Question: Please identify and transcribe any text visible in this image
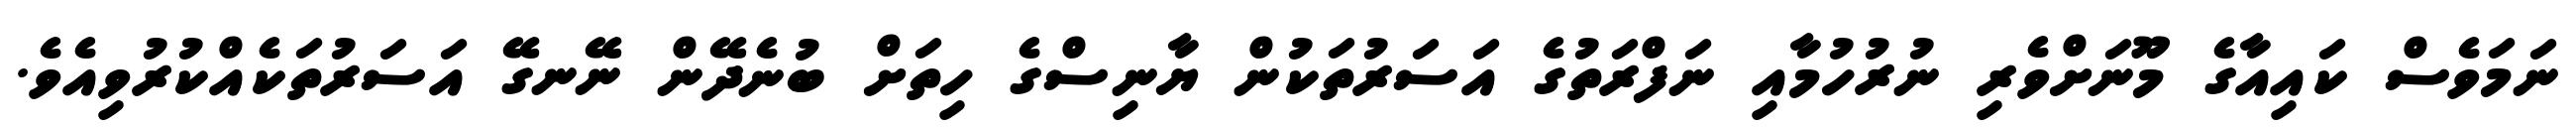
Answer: ނަމަވެސް ކައިއާގެ މޫނަށްވެރި ނުރުހުމާއި ނަފްރަތުގެ އަސަރުތަކުން ޔާނިސްގެ ހިތަށް ބުނެދޭން ނޭނގޭ އަސަރުތަކެއްކުރުވިއެވެ.